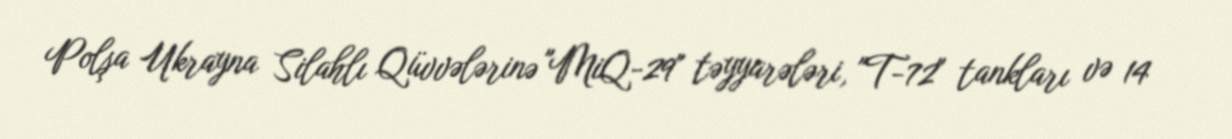
Polşa Ukrayna Silahlı Qüvvələrinə "MiQ-29" təyyarələri, "T-72" tankları və 14